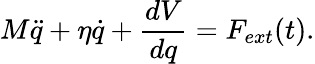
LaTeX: M\ddot{q}+\eta\dot{q}+\frac{dV}{dq}=F_{ext}(t).